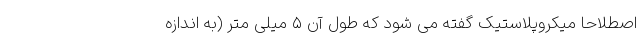
اصطلاحاً میکروپلاستیک گفته می شود که طول آن ۵ میلی متر (به اندازه